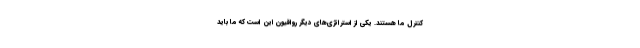
کنترل ما هستند. یکی از استراتژی‌های دیگر رواقیون این است که ما باید